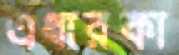
এধারকা